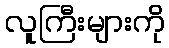
လူကြီးများကို